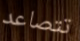
تتصاعد